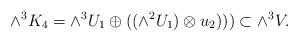
LaTeX: \begin{align*}\wedge ^3K_4=\wedge^3 U_1 \oplus ((\wedge^2 U_1)\otimes u_2)))\subset \wedge^3 V.\end{align*}